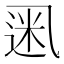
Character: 𫡮